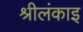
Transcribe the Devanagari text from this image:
श्रीलंकाइ